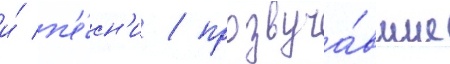
и́ п'е́сн'и / прозвуча́вшие